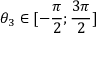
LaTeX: \theta _ { 3 } \in [ - { \frac { \pi } { 2 } } ; { \frac { 3 \pi } { 2 } } ]